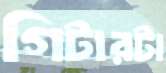
গিটারটা